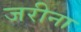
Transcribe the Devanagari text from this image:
जरीना